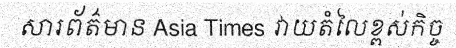
សារព័ត៌មាន Asia Times វាយតំលៃខ្ពស់កិច្ច